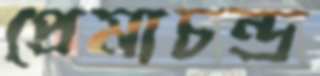
প্রেমাচন্দ্র